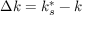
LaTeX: \Delta k = k _ { s } ^ { * } - k